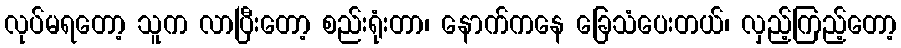
လုပ်မရတော့ သူက လာပြီးတော့ စည်းရုံးတာ၊ နောက်ကနေ ခြေသံပေးတယ်၊ လှည့်ကြည့်တော့